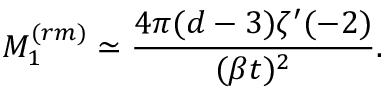
M _ { 1 } ^ { ( r m ) } \simeq \frac { 4 \pi ( d - 3 ) \zeta ^ { \prime } ( - 2 ) } { ( \beta t ) ^ { 2 } } .